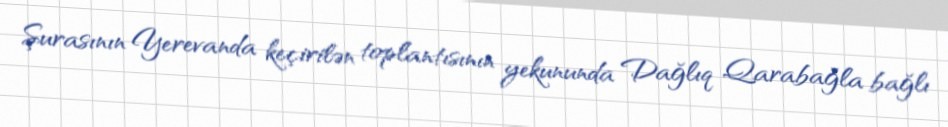
Şurasının Yerevanda keçirilən toplantısının yekununda Dağlıq Qarabağla bağlı